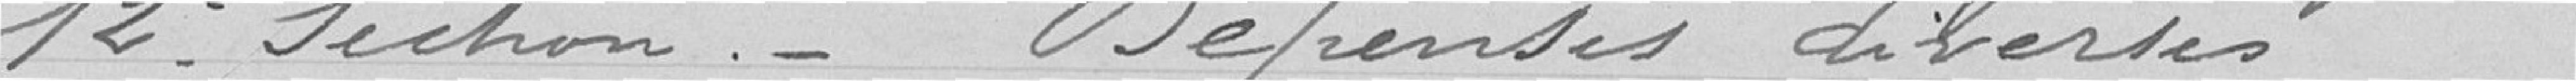
12° Section_ Dépenses diverses                    228308.f 88